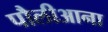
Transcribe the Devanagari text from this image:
पौलीआना